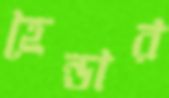
হেন্ডার